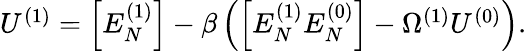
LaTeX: \begin{array}{r}{U^{(1)}=\left[E_{N}^{(1)}\right]-\beta\left(\left[E_{N}^{(1)}E_{N}^{(0)}\right]-\Omega^{(1)}U^{(0)}\right).}\end{array}